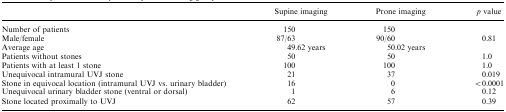
<table><thead><tr><td></td><td><b>Supine imaging</b></td><td><b>Prone imaging</b></td><td><b><i>p</i> value</b></td></tr></thead><tbody><tr><td>Number of patients</td><td>150</td><td>150</td><td></td></tr><tr><td>Male/female</td><td>87/63</td><td>90/60</td><td>0.81</td></tr><tr><td>Average age</td><td>49.62 years</td><td>50.02 years</td><td></td></tr><tr><td>Patients without stones</td><td>50</td><td>50</td><td>1.0</td></tr><tr><td>Patients with at least 1 stone</td><td>100</td><td>100</td><td>1.0</td></tr><tr><td>Unequivocal intramural UVJ stone</td><td>21</td><td>37</td><td>0.019</td></tr><tr><td>Stone in equivocal location (intramural UVJ vs. urinary bladder)</td><td>16</td><td>0</td><td>&lt;0.0001</td></tr><tr><td>Unequivocal urinary bladder stone (ventral or dorsal)</td><td>1</td><td>6</td><td>0.12</td></tr><tr><td>Stone located proximally to UVJ</td><td>62</td><td>57</td><td>0.39</td></tr></tbody></table>